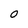
Character: O